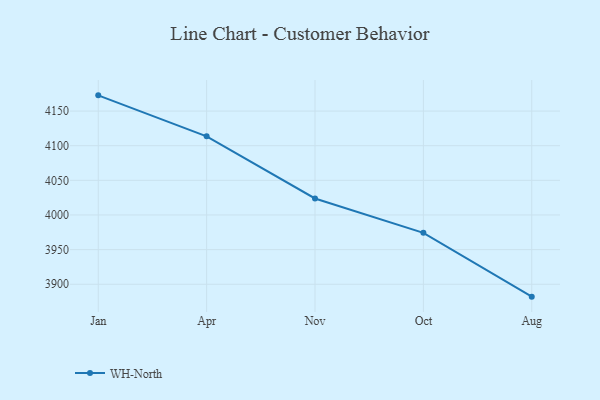
{"axis": {"x": "Month", "y": "Humidity (%)"}, "legend": ["WH-North"], "data": [{"x": "Jan", "y": 4172.7, "type": "WH-North"}, {"x": "Apr", "y": 4113.6, "type": "WH-North"}, {"x": "Nov", "y": 4023.8, "type": "WH-North"}, {"x": "Oct", "y": 3974.2, "type": "WH-North"}, {"x": "Aug", "y": 3882.1, "type": "WH-North"}]}